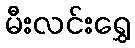
မီးလင်းရွှေ